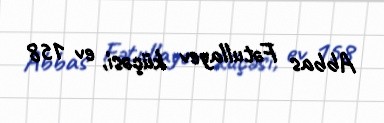
Abbas Fətullayev küçəsi, ev 158